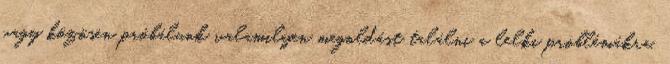
vagy közösen próbálunk valamilyen megoldást találni a lelki problémákra.